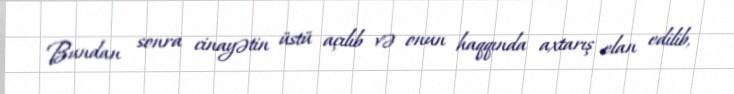
Bundan sonra cinayətin üstü açılıb və onun haqqında axtarış elan edilib,